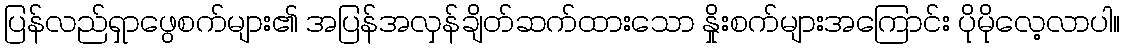
ပြန်လည်ရှာဖွေစက်များ၏ အပြန်အလှန်ချိတ်ဆက်ထားသော နှိုးစက်များအကြောင်း ပိုမိုလေ့လာပါ။